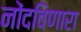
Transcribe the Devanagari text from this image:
नोंदविणारा